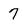
Character: 7